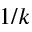
1 / k